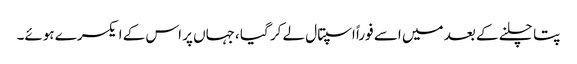
پتا چلنے کے بعد میں اسے فوراً اسپتال لے کر گیا ،جہاں پر اس کے ایکسرے ہوئے۔